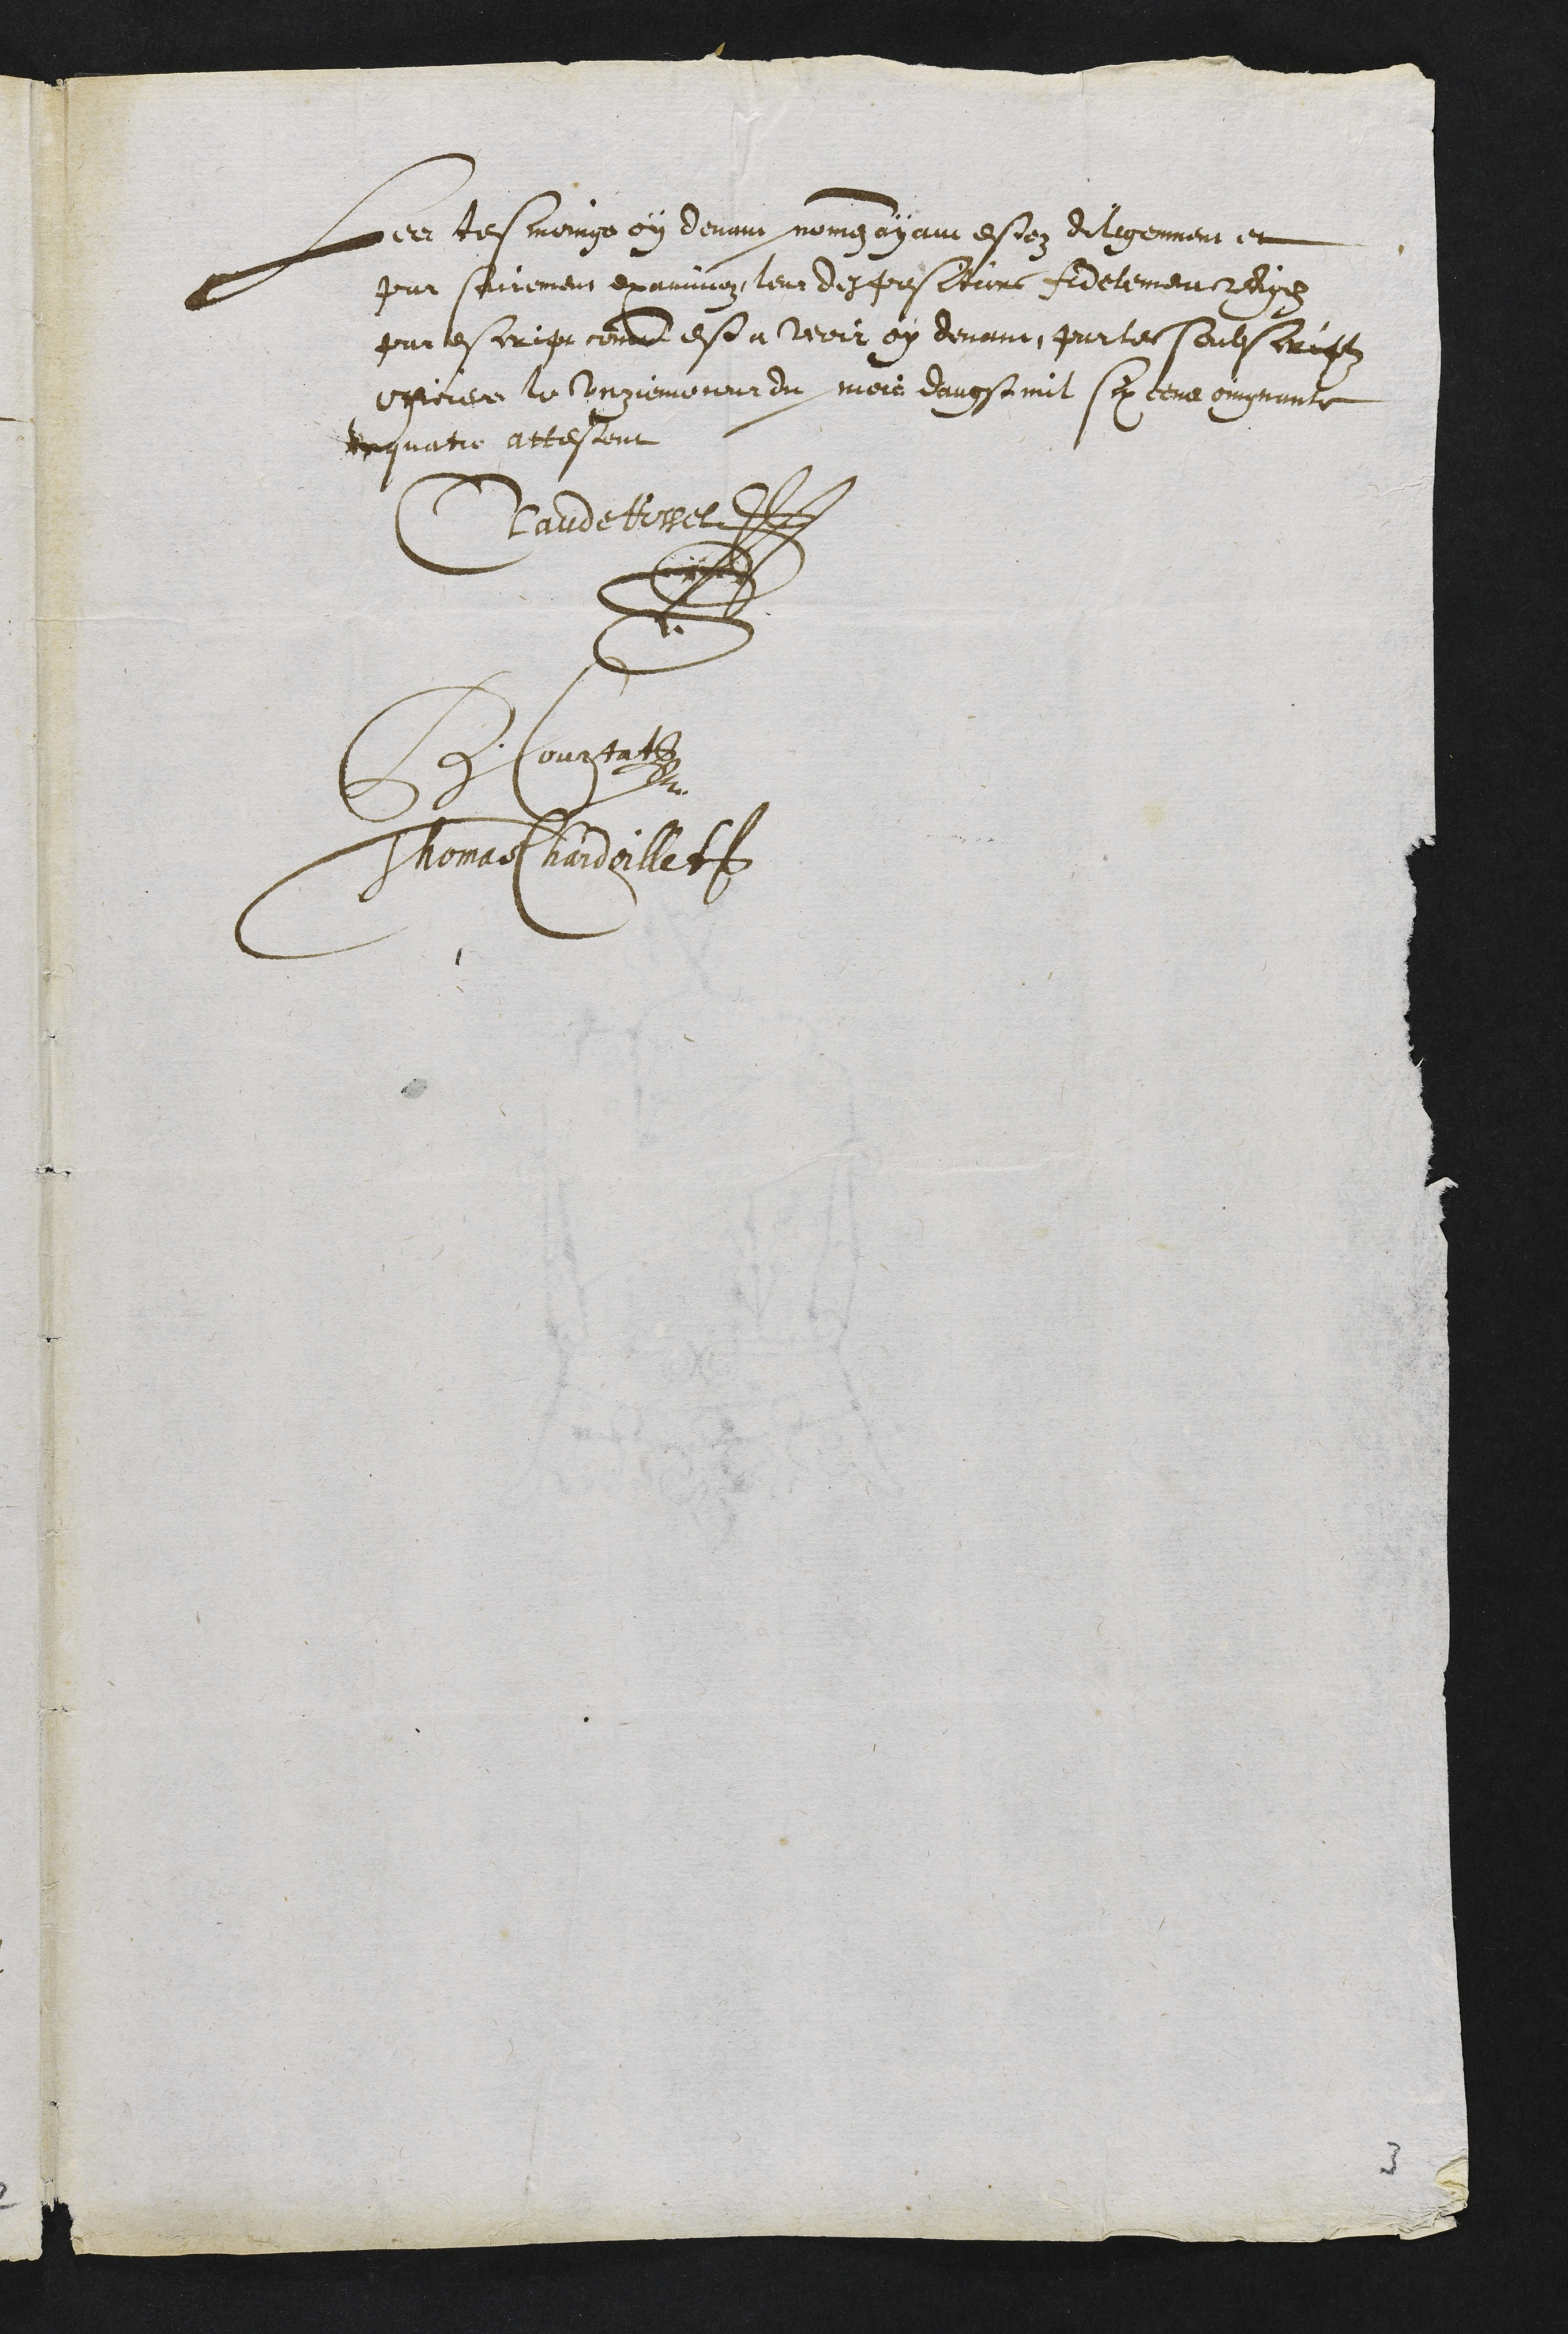
Leer tesmoinge en demne noig ayaur estoz dilegenment et
par seirement examinez, leur desposeturs Aidelemen rediez
par lescripr comme est a veoir oy devant, par les soubseriftz
eppoiee le ungiemonour du mois danost mil Cex tens oingnante
eequatie attestont
Clande tose
Ae Conrfille
Thomaet hardoillet